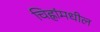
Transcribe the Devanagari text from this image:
चिह्नांमधील